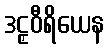
ဒဠှဝီရိယေန